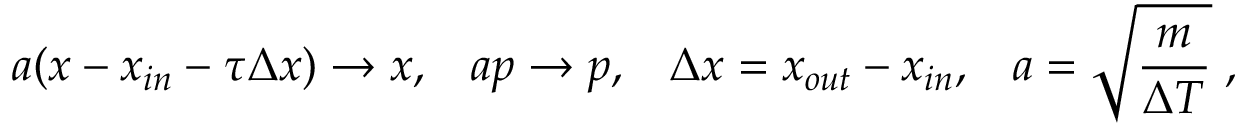
a ( x - x _ { i n } - \tau \Delta x ) \rightarrow x , \; \; \; a p \rightarrow p , \; \; \; \Delta x = x _ { o u t } - x _ { i n } , \; \; \; a = \sqrt { \frac { m } { \Delta T } } \; ,